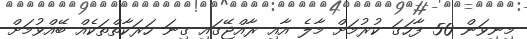
މިނިވަން 50 ފާހަގަ ކުރުމަށް މާލެ އާއި ރާއްޖޭގައި ގިނަ ހަރަކާތްތަކެއް ބޭއްވުމަށް